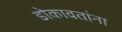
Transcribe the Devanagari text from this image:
डोकावतांना